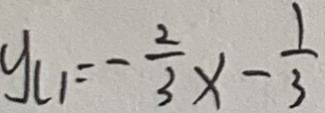
y _ { l 1 } = - \frac { 2 } { 3 } x - \frac { 1 } { 3 }